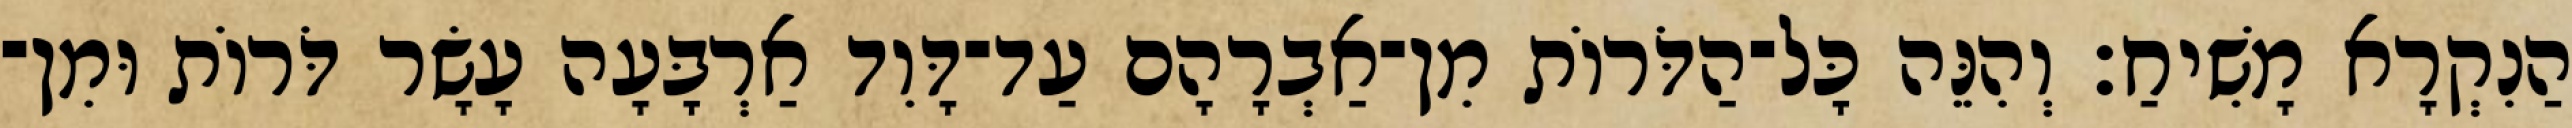
הַנִקְרָא מָשִׁיחַ׃ וְהִנֵּה כָּל־הַדֹּרוֹת מִן־אַבְרָהָם עַד־דָּוִד אַרְבָּעָה עָשָׂר דֹּרוֹת וּמִן־